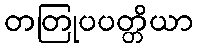
တတြုပပတ္တိယာ